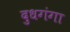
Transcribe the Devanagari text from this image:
दुधगंगा